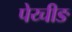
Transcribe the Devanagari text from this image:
पेय्चीङ